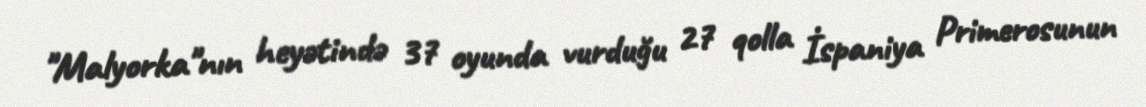
"Malyorka"nın heyətində 37 oyunda vurduğu 27 qolla İspaniya Primerosunun